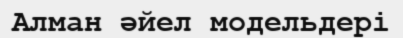
Алман әйел модельдері